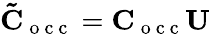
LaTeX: \mathbf{\tilde{C}}_{\mathrm{~o~c~c~}}=\mathbf{C}_{\mathrm{~o~c~c~}}\mathbf{U}